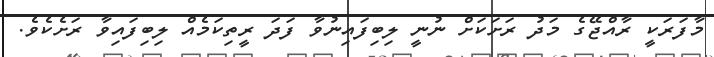
މާފަރަކީ ރާއްޖޭގެ މަދު ރަށަކަށް ނުނީ ލިބިފައިނުވާ ފަދަ ރީތިކަމެއް ލިބިފައިވާ ރަށެކެވެ.